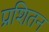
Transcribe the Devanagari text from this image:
प्रशितन